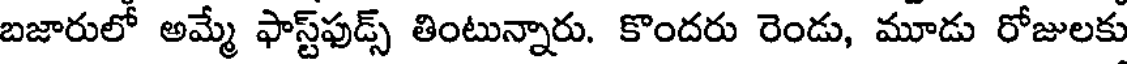
బజారులో అమ్మే ఫాస్ట్ఫుడ్స్ తింటున్నారు. కొందరు రెండు, మూడు రోజులకు